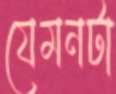
যেমনটা